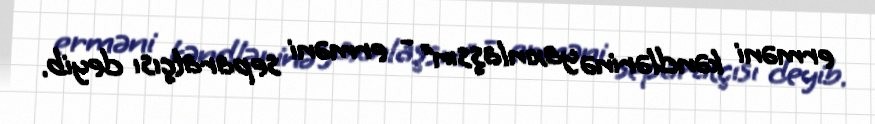
erməni kəndlərinə yaxınlaşsın” - erməni separatçısı deyib.